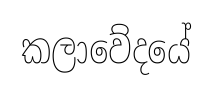
කලාවේදයේ